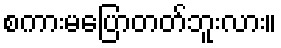
စကားမပြောတတ်ဘူးလား။